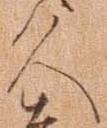
久